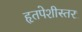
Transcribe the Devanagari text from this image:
हृतपेशीस्तर